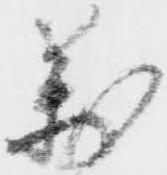
万